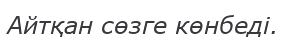
Айтқан сөзге көнбеді.